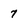
Character: 7